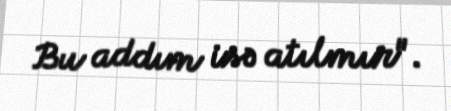
Bu addım isə atılmır".